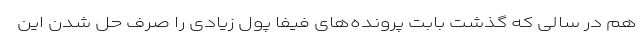
هم در سالی که گذشت بابت پرونده‌های فیفا پول زیادی را صرف حل شدن این